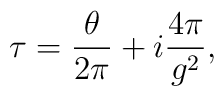
\tau=\frac {\theta}{2 \pi} + i \frac { 4 \pi}{g^2}  ,